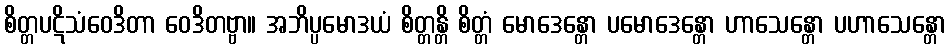
စိတ္တပဋိသံဝေဒိတာ ဝေဒိတဗ္ဗာ။ အဘိပ္ပမောဒယံ စိတ္တန္တိ စိတ္တံ မောဒေန္တော ပမောဒေန္တော ဟာသေန္တော ပဟာသေန္တော